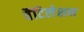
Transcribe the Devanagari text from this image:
वैंटिलेशन